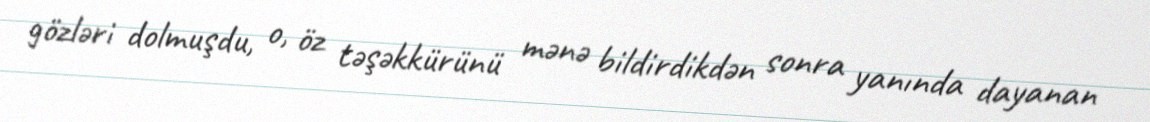
gözləri dolmuşdu, o, öz təşəkkürünü mənə bildirdikdən sonra yanında dayanan